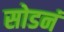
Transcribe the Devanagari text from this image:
सोडनं